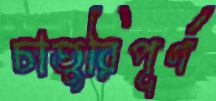
চাতুরিপূর্ণ